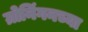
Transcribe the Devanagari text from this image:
ग्रोनिंगनच्या